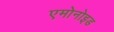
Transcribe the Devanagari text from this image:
एमोनोइड